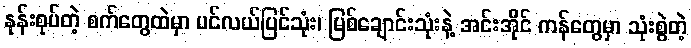
နုန်းစုပ်တဲ့ စက်တွေထဲမှာ ပင်လယ်ပြင်သုံး၊ မြစ်ချောင်းသုံးနဲ့ အင်းအိုင် ကန်တွေမှာ သုံးစွဲတဲ့